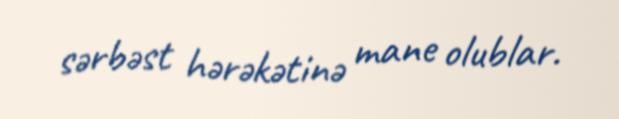
sərbəst hərəkətinə mane olublar.